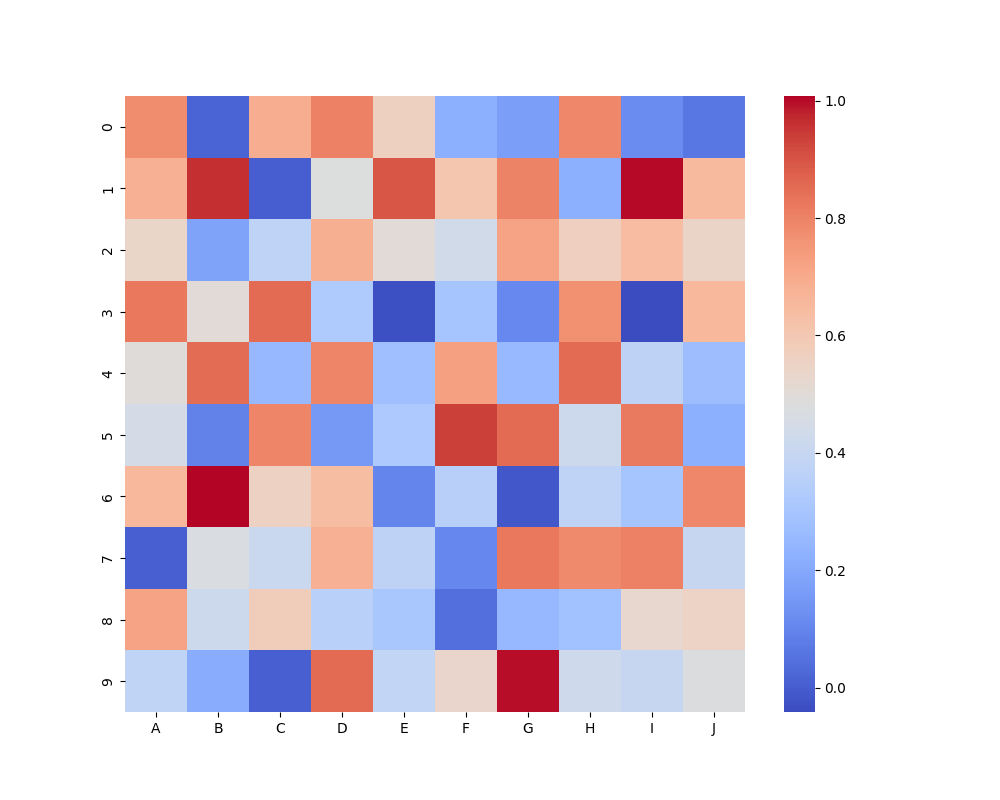
python, seaborn, heatmap, cmap='coolwarm', linewidths=0.0, center=none